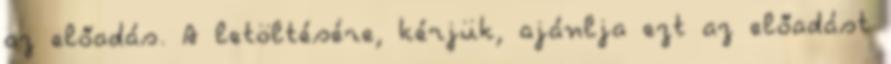
az előadás. A letöltésére, kérjük, ajánlja ezt az előadást